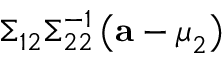
{ \boldsymbol { \Sigma } } _ { 1 2 } { \boldsymbol { \Sigma } } _ { 2 2 } ^ { - 1 } \left( \mathbf { a } - { \boldsymbol { \mu } } _ { 2 } \right)